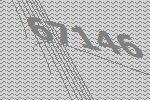
67146